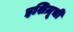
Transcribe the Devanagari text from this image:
इशिज़ूची